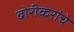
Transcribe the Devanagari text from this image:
बोरीकरांचे